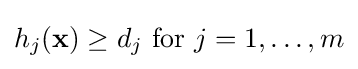
h_{j}(\mathbf {x} )\geq d_{j}~\mathrm {for~} j=1,\ldots ,m